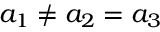
a _ { 1 } \neq a _ { 2 } = a _ { 3 }